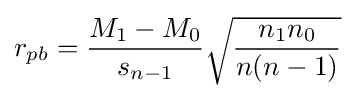
r_{pb}={\frac {M_{1}-M_{0}}{s_{n-1}}}{\sqrt {\frac {n_{1}n_{0}}{n(n-1)}}}